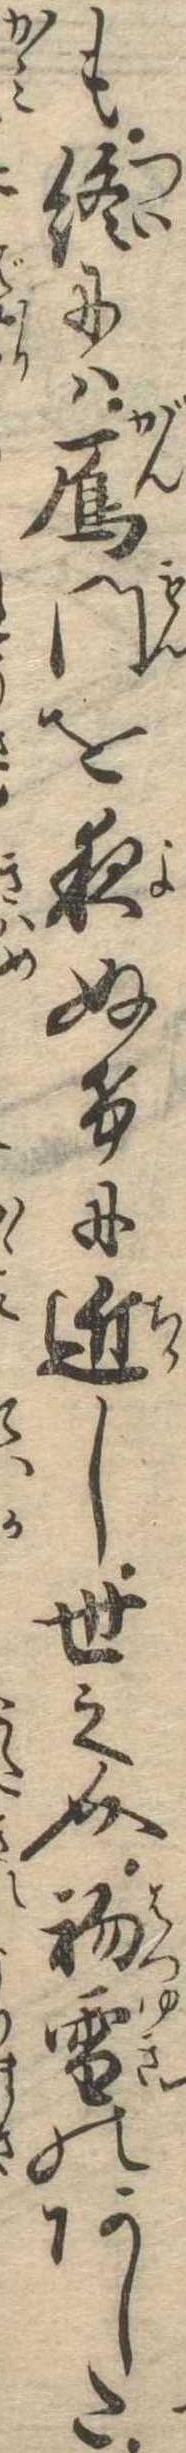
も終には雁門を夜ぬけに近し世之介初雪のあした